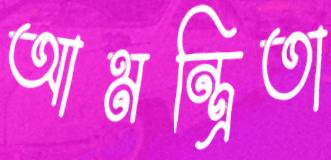
আমন্ত্রিতা